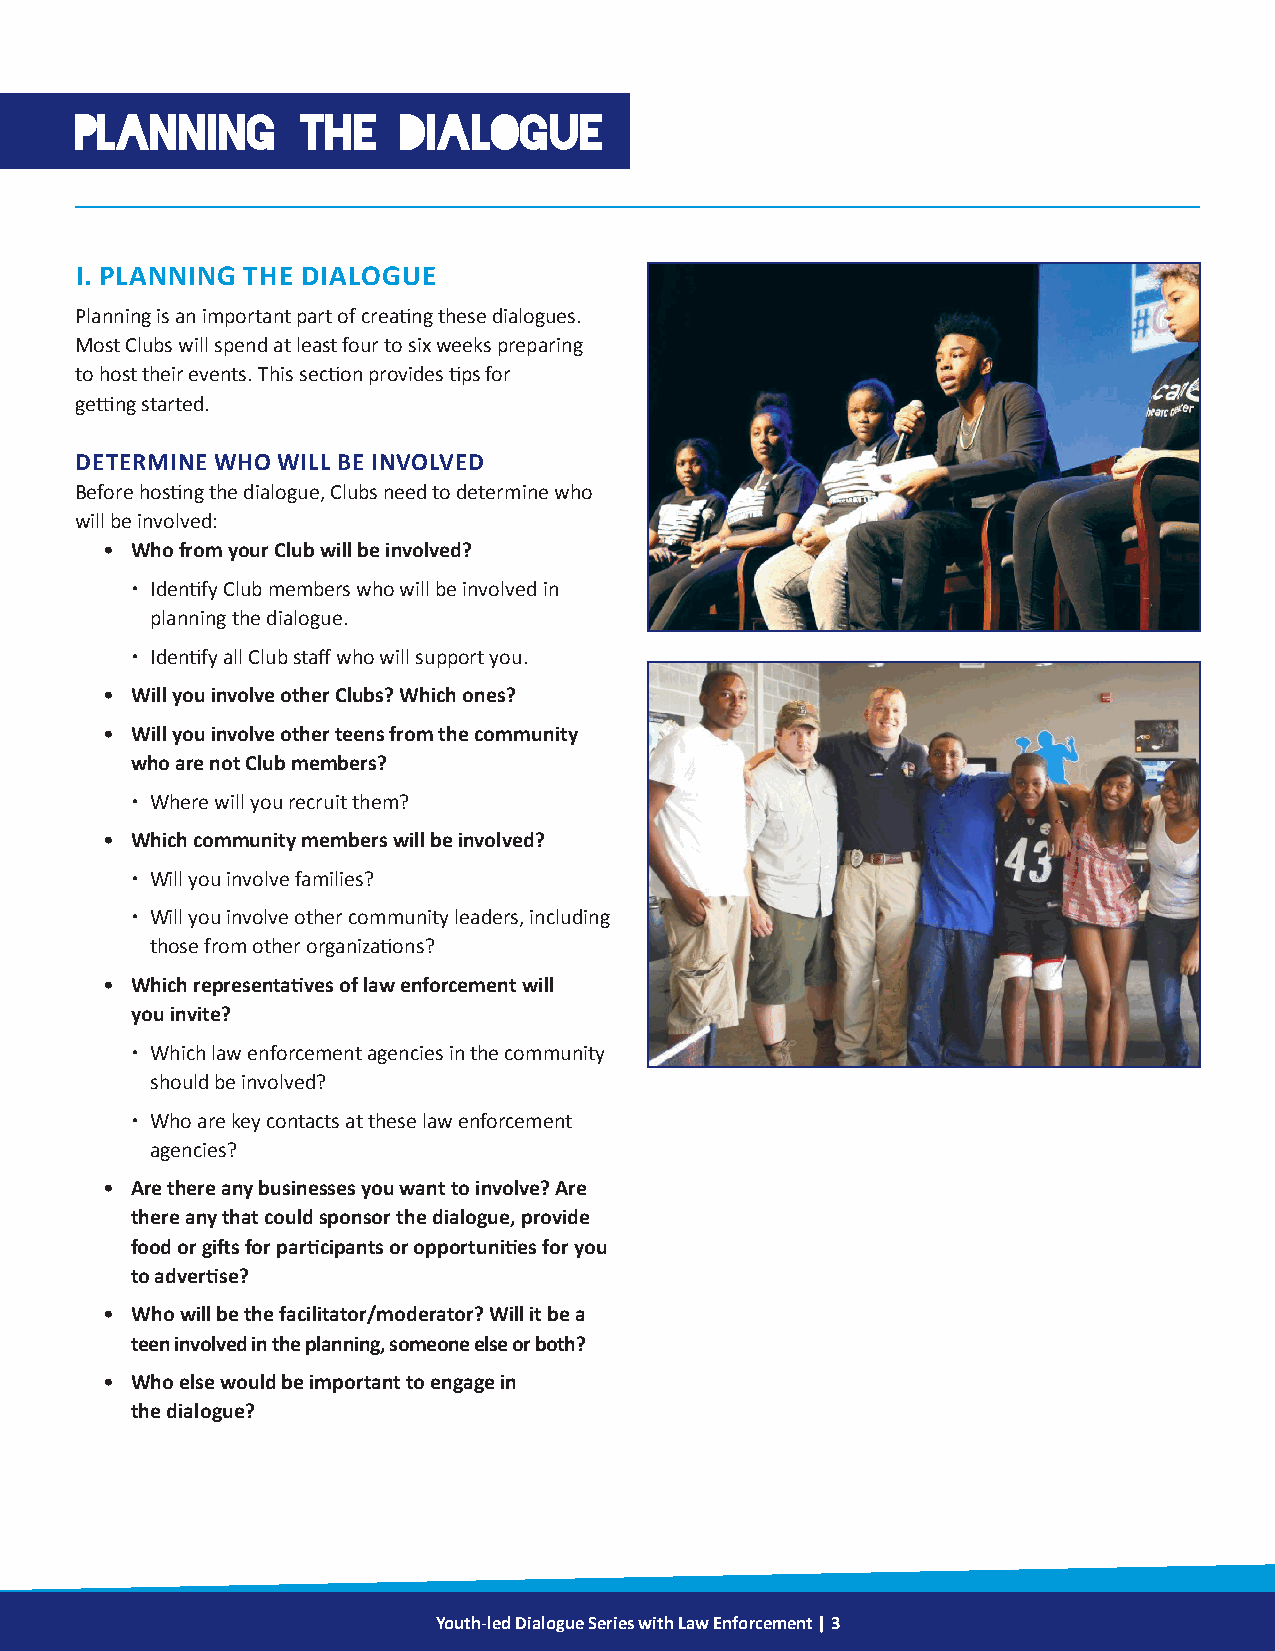
PLANNING       THE    DIALOGUE
 I. PLANNING THE DIALOGUE
 Planning is an important part of creating these dialogues.
 Most Clubs will spend at least four to six weeks preparing
 to host their events. This section provides tips for
 getting started.
 DETERMINE WHO WILL BE INVOLVED
 Before hosting the dialogue, Clubs need to determine who
 will be involved:
 • Who from your Club will be involved?
  Identify Club members who will be involved in
 planning the dialogue.
  Identify all Club staff who will support you.
 • Will you involve other Clubs? Which ones?
 • Will you involve other teens from the community
 who are not Club members?
  Where will you recruit them?
 • Which community members will be involved?
  Will you involve families?
  Will you involve other community leaders, including
 those from other organizations?
 • Which representatives of law enforcement will
 you invite?
  Which law enforcement agencies in the community
 should be involved?
  Who are key contacts at these law enforcement
 agencies?
 • Are there any businesses you want to involve? Are
 there any that could sponsor the dialogue, provide
 food or gifts for participants or opportunities for you
 to advertise?
 • Who will be the facilitator/moderator? Will it be a
 teen involved in the planning, someone else or both?
 • Who else would be important to engage in
 the dialogue?
 Youth-led Dialogue Series with Law Enforcement | 3